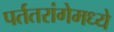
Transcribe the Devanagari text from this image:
पर्ततरांगेमध्ये